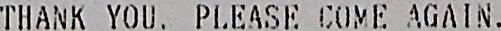
THANK YOU. PLEASE COME AGAIN.